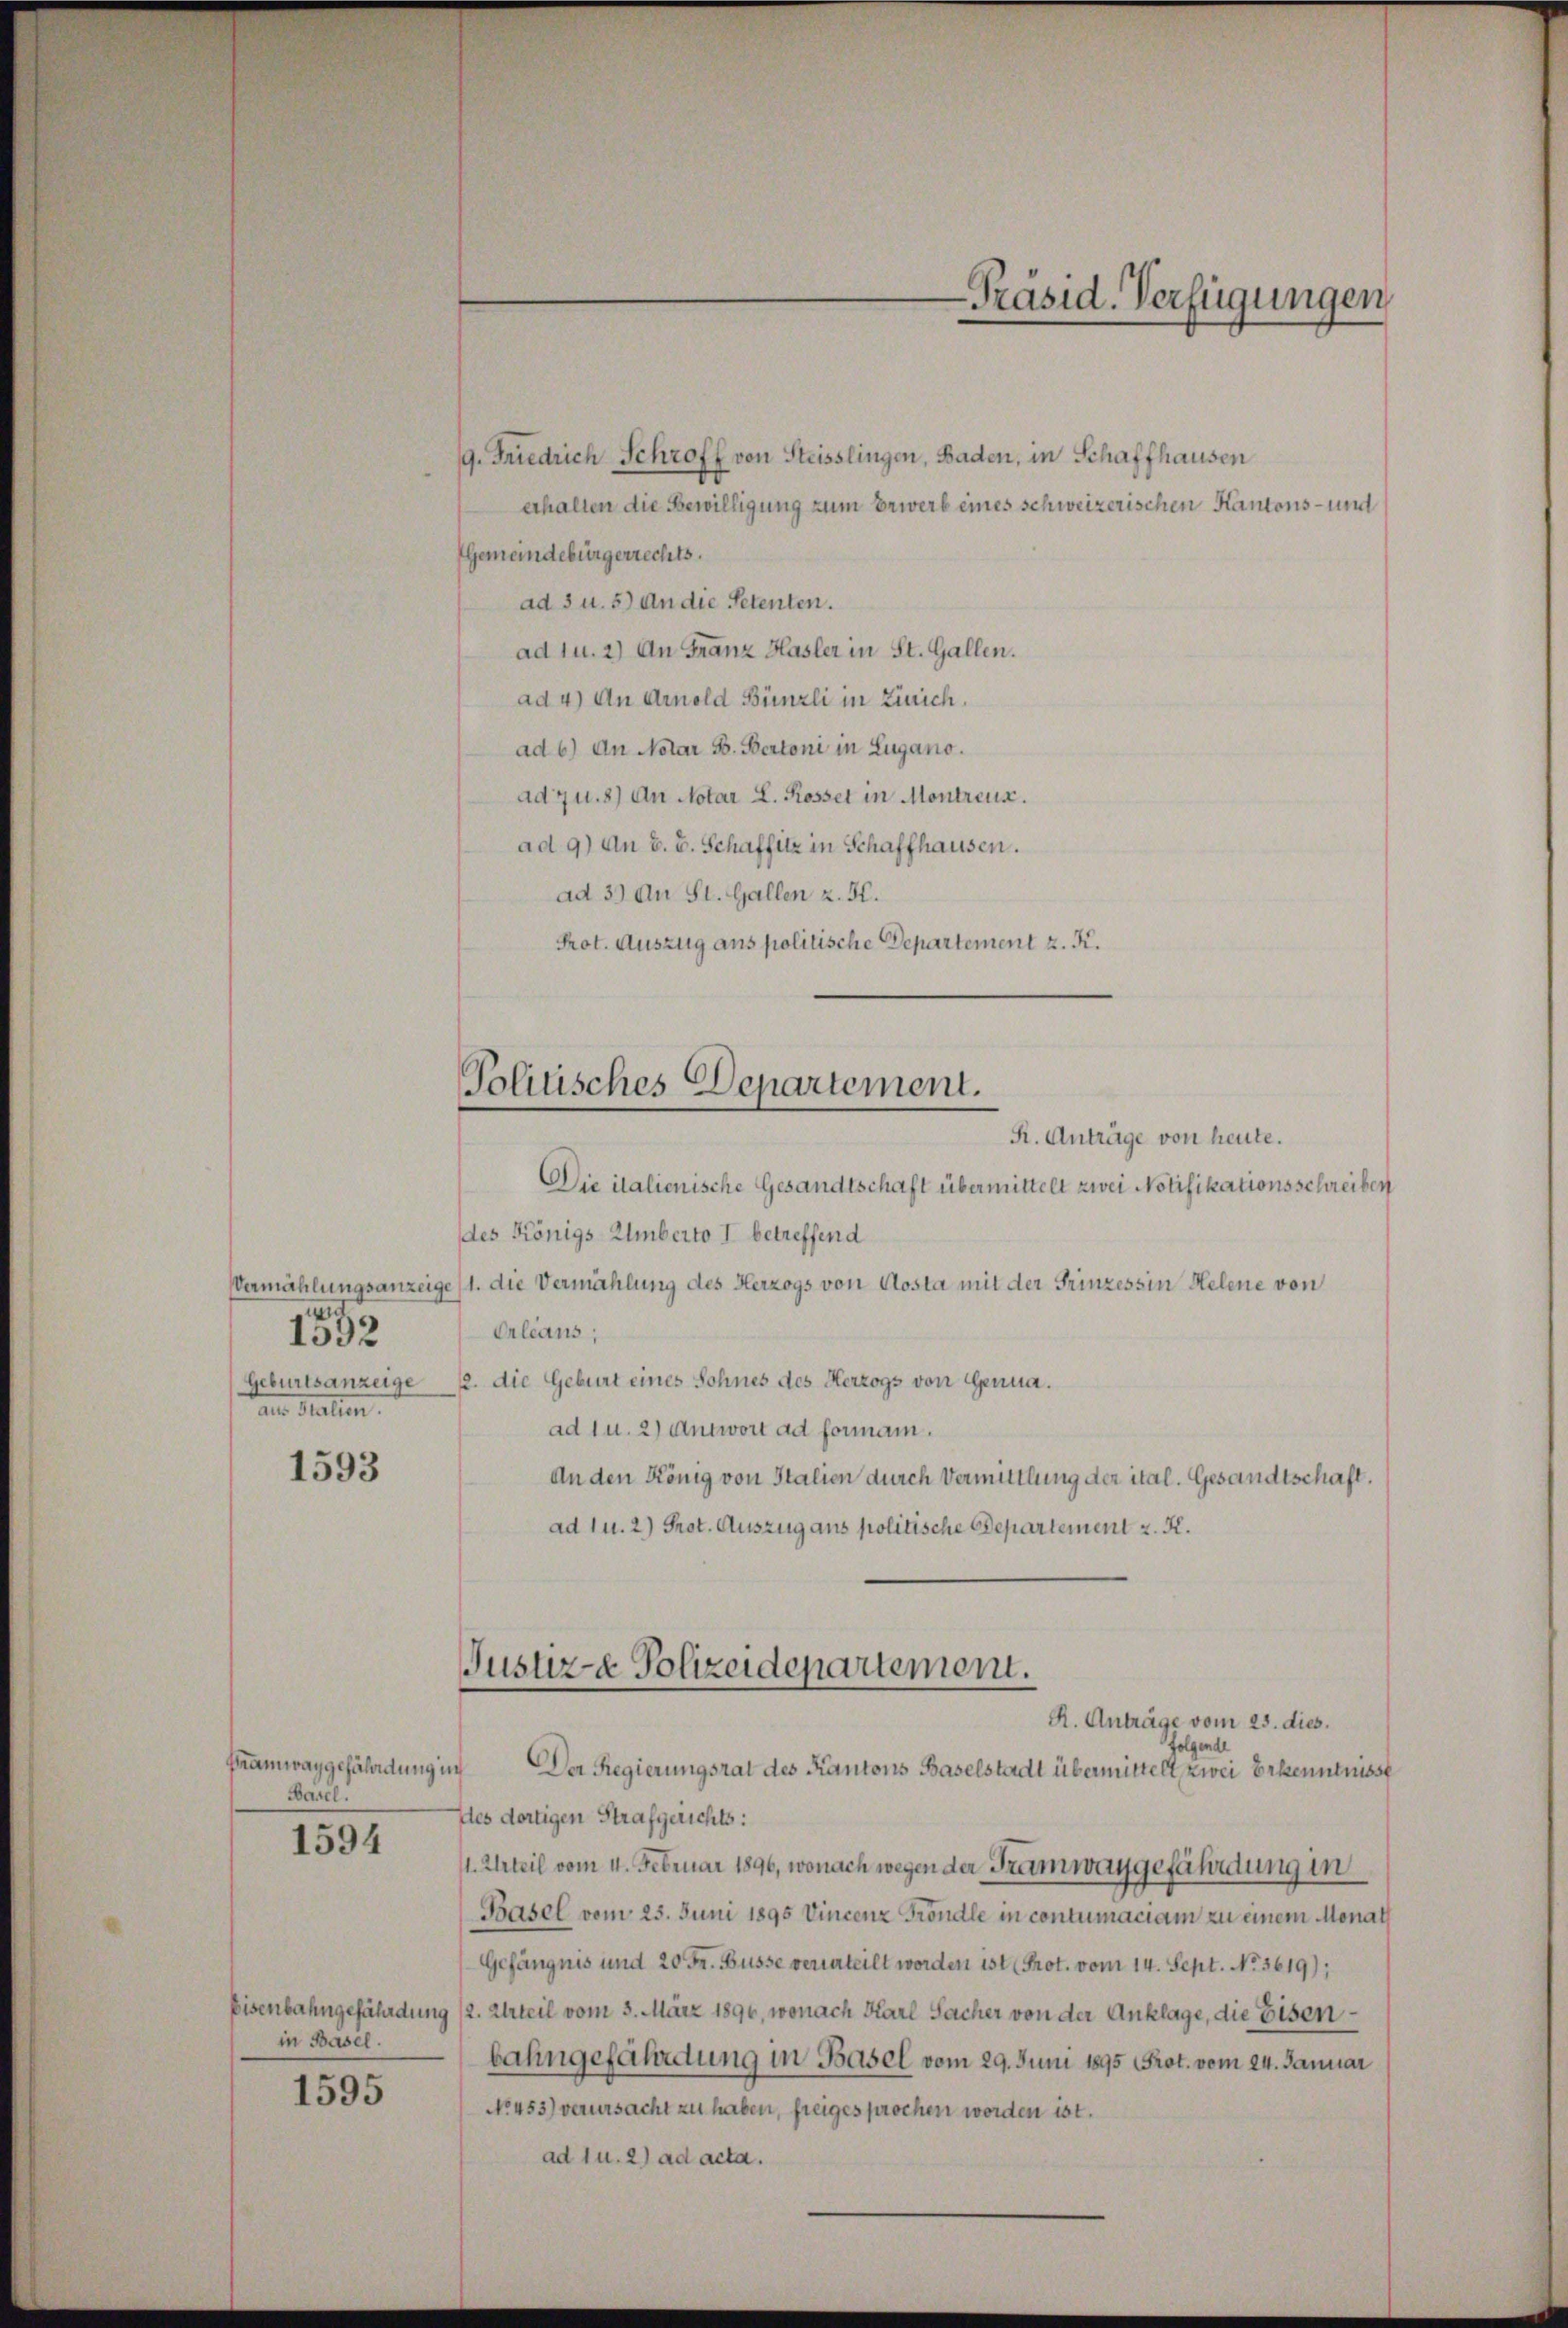
1592
Geburtsanzeige
ann Malien.

1593

Framway gefährdung in
Basel.

1594

9. Friedrich Schroff von Steisslingen, Baden, in Schaffhausen
erhalten die Bewilligung zum Erwerb eines schweizerischen Kantons- und
Gemeindebürgerrechts.
ad 3 u. 5) An die Petenten.
ad u. 2) An Franz Hasler in St. Gallen.
ad 4) An Arnold Bünzli in Zürich.
ad b.) An Notar B. Bertoni in Lugano.
ad 7 u. 8) An Notar L. Rossel in Montreux.
ad 9) An z. B. Schaffitz in Schaffhausen.
ad 39 An St. Gallen z. H.
Prot. Auszug ans politische Departement z. K.

R. Anträge von heute.
Die italienische Gesandtschaft übermittelt zwei Notifikationsschreiben
des Königs Umberto I betreffend
Vermählungsanzeige (1. die Vermählung des Herzogs von Aosta mit der Prinzessin Helene von
Orleans,
12. die Geburt eines Sohnes des Herzogs von Genuaad 1 u. 2) Antwort ad formann.
An den König von Stalien durch Vermittlung der ital. Gesandtschaft.
ad u. 2) Prot. Auszug aus politische Departement z. K.

in Basel.

1595

Politisches Departement.

folgende
Der Regierungsrat des Kantons Baselstadt übermittelt, zwei Erkenntnisse
dles dortigen Strafgerichts:
1. Urteil vom 4. Februar 1896, wonach wegen der Tramwaygefährdung in
Basel vom 25. Juni 1895 Vincenz Frondle in contumaciam zu einem Monath
Gefängnis und 20 Fr. Busse verurteilt worden ist Prot. vom 14. Sept. No. 3619);
Eisenbahngefährdung (2. Urteil vom 3. März 1890, wonach Karl Sacher von der Anklage, die Eisenbahngefährdung in Basel vom 29. Juni 1895 (Prot. vom 24. Januar
No. 453) verursacht zu haben, freigesprochen worden ist.
ad 1 u. 2) ad acta.

-Präsid. Verfügungen

Justiz- & Polizeidepartement.
R. Anträge vom 23. dies.